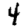
Digit: 4